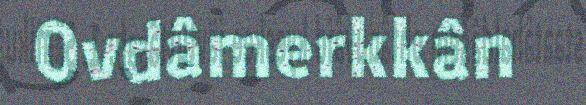
Ovdâmerkkân